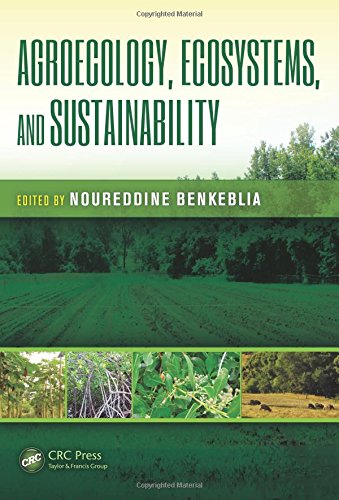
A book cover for Agroecology, Ecosystems, and Sustainability (Advances in Agroecology); Science & Math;